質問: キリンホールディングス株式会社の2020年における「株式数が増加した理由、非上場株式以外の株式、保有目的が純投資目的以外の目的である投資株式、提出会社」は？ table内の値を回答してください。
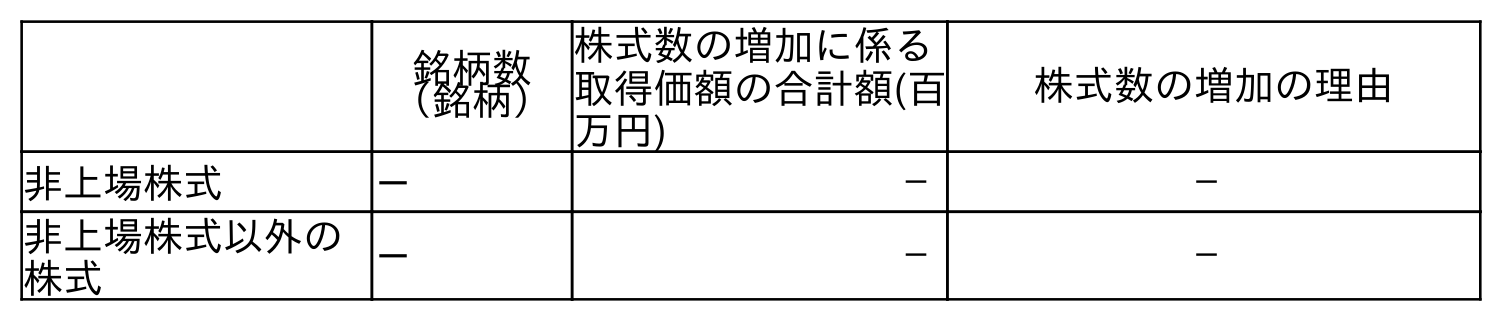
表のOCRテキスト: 銘柄数 （銘柄） 株式数の増加に係る 取得価額の合計額(百 万円) 株式数の増加の理由 非上場株式 － － － 非上場株式以外の 株式 － － －
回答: －